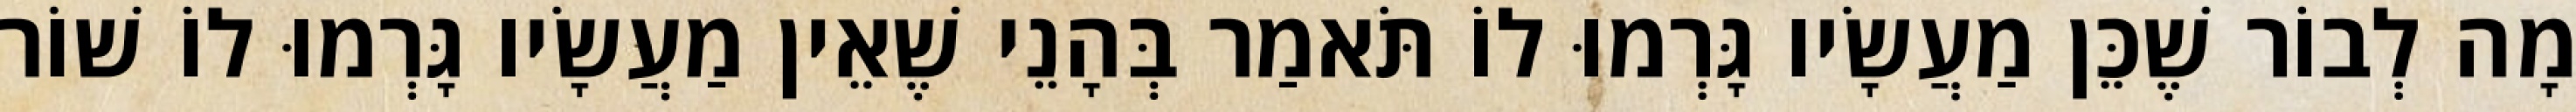
מָה לְבוֹר שֶׁכֵּן מַעֲשָׂיו גָּרְמוּ לוֹ תֹּאמַר בְּהָנֵי שֶׁאֵין מַעֲשָׂיו גָּרְמוּ לוֹ שׁוֹר